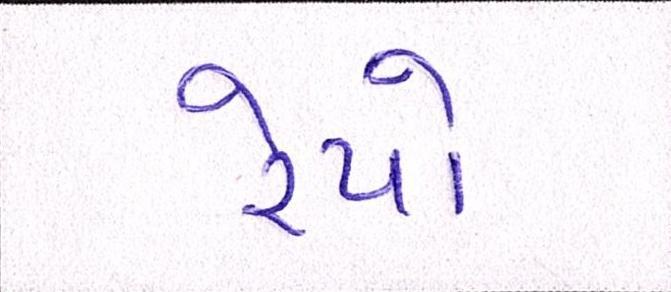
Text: રેપો